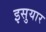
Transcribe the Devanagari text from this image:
इसुयार